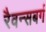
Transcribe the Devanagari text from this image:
रैवन्सबर्ग